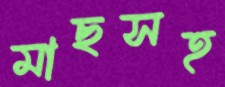
মাছসহ